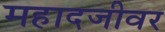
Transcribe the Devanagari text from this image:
महादजीवर